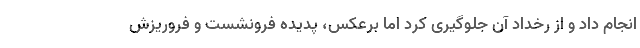
انجام داد و از رخداد آن جلوگیری کرد اما برعکس، پدیده فرونشست و فروریزش